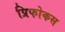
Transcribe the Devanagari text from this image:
प्रिफोकस